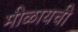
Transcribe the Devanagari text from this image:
मीळायची